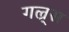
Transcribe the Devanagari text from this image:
गल्र्स